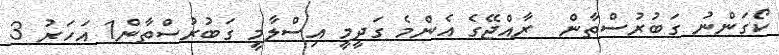
ކޯގަންނު ގަބުރުސްތާން  ރާއްޖޭގެ އެންމެ ގަދީމީ އިސްލާމީ ގަބުރުސްތާން1 އަހަރު 3